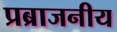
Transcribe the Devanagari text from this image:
प्रब्राजनीय